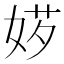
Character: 𡝅